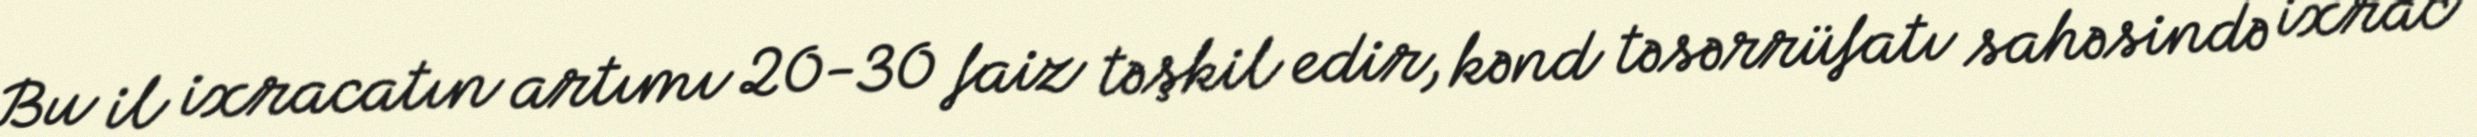
Bu il ixracatın artımı 20-30 faiz təşkil edir, kənd təsərrüfatı sahəsində ixrac